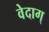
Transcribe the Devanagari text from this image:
वेदाग्